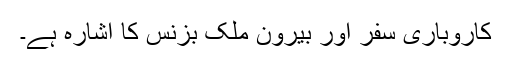
کاروباری سفر اور بیرون ملک بزنس کا اشارہ ہے۔